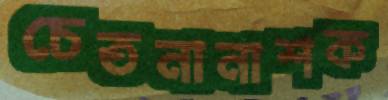
চেতনানাশক